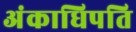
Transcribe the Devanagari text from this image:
अंकाधिपति